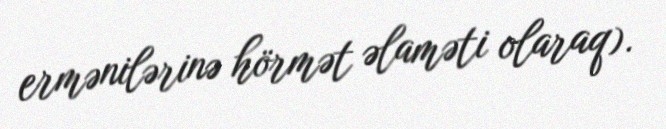
ermənilərinə hörmət əlaməti olaraq).